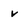
Character: v